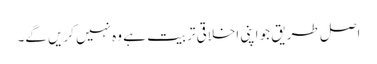
اصل طریق جو اپنی اخلاقی تربیت ہے وہ نہیں کریں گے۔